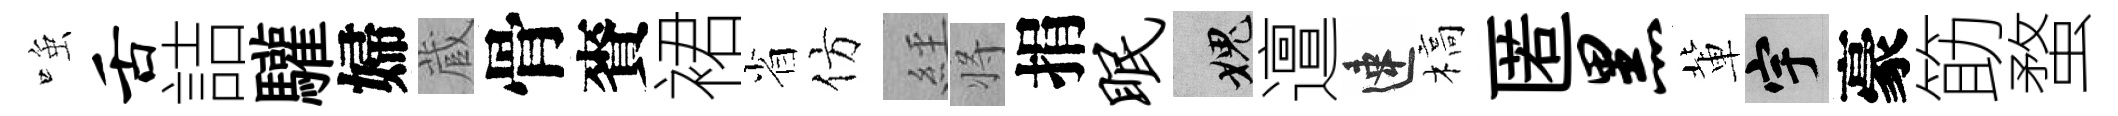
𫪻舌詰驩婦蔵骨賚裙省仿𦀇将捐眠愧邅速槁匿黑軰宇豪筯蝥